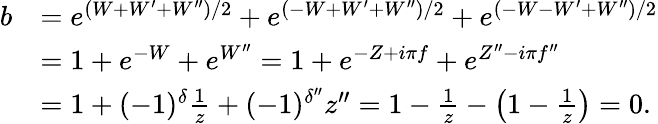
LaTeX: \begin{array}{rl}{b}&{=e^{(W+W^{\prime}+W^{\prime\prime})/2}+e^{(-W+W^{\prime}+W^{\prime\prime})/2}+e^{(-W-W^{\prime}+W^{\prime\prime})/2}}\\ &{=1+e^{-W}+e^{W^{\prime\prime}}=1+e^{-Z+i\pi f}+e^{Z^{\prime\prime}-i\pi f^{\prime\prime}}}\\ &{=1+(-1)^{\delta}\frac{1}{z}+(-1)^{\delta^{\prime\prime}}z^{\prime\prime}=1-\frac{1}{z}-\bigl(1-\frac{1}{z}\bigr)=0.}\end{array}